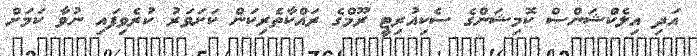
އަދި އިލެކްޝަންސް ކޮމިޝަންގެ ސެކިއުރިޓީ ރޫމްގެ ރައްކާތެރިކަން ކަށަވަރު ކުރެވިފައި ނުވާ ކަމަށް